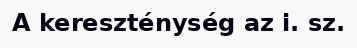
A kereszténység az i. sz.